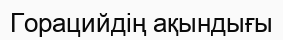
Горацийдің ақындығы